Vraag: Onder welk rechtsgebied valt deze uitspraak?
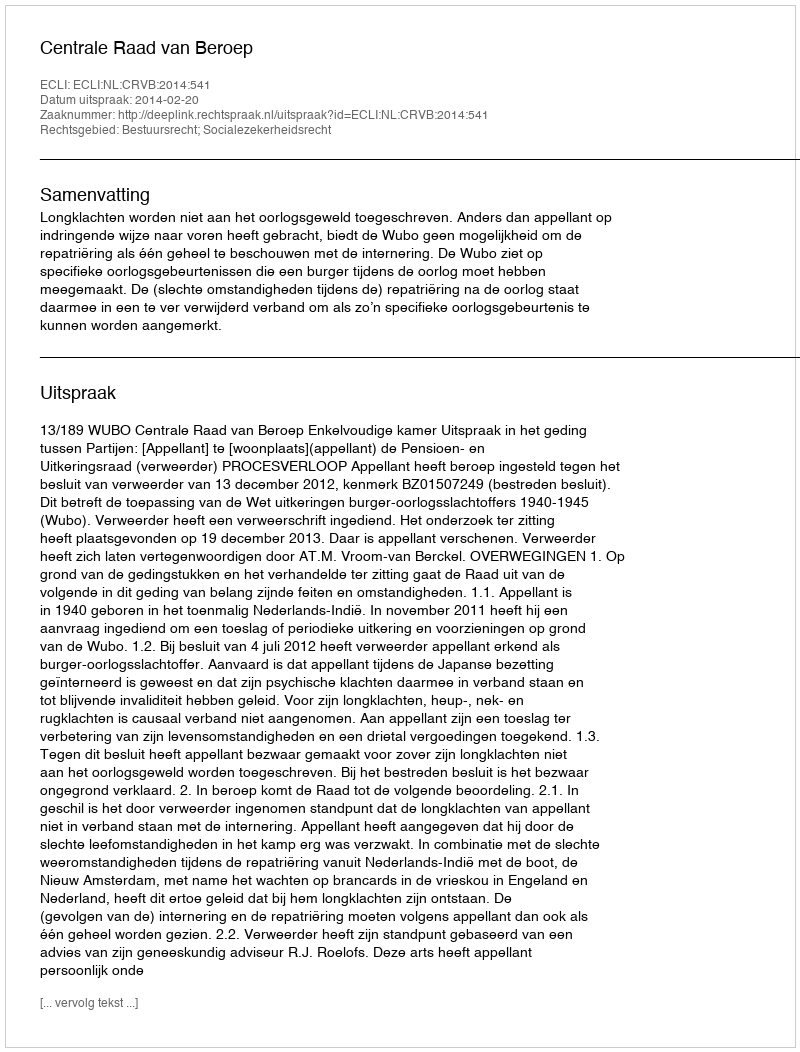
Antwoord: Bestuursrecht; Socialezekerheidsrecht